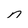
Character: n